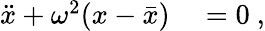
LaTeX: \begin{array}{rl}{\ddot{x}+\omega^{2}(x-\bar{x})}&{{}=0\ ,}\end{array}